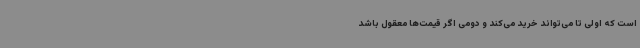
است که اولی تا می‌تواند خرید می‌کند و دومی اگر قیمت‌ها معقول باشد